Vaccination report Assam 1874-1896 - 1874-1896
Year: 1874
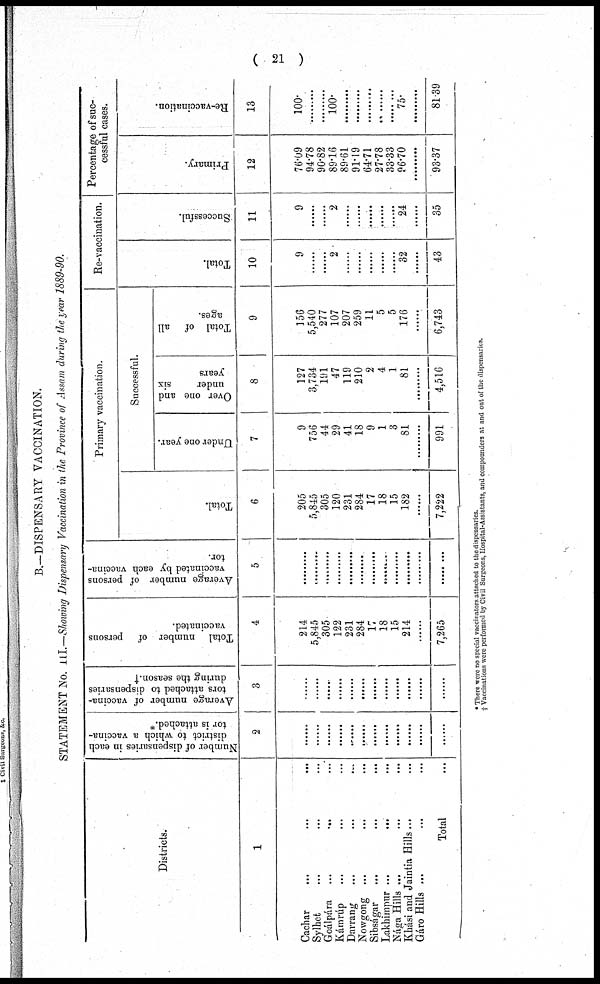
( 21 )
B.—DISPENSARY VACCINATION.
STATEMENT No. III.—Showing Dispensary Vaccination in the Province of Assam during the year 1889-90.
Districts.
1
Cachar
...
...
...
Sylhet ... ... ...
Goálpára ... ... ...
Kámrúp ... ... ...
Darrang ... ... ...
Nowgone ... ... ...
Sibságar ... ... ...
Lakhimpur ...
... ...
Nága Hills ... ... ...
Khási and Jaintia Hills... ...
Gáro Hills ... ... ...
Total ...
Number of dispensaries in each
district to which a vaccina-
tor is attached.*
2
......
......
......
......
......
......
......
......
......
......
......
......
Average number of vaccina-
tors attached to dispensaries
during the season.†
3
......
......
......
......
......
......
......
......
......
......
......
......
Total number of persons
vaccinated.
4
214
5,845
305
122
231
284
17
18
15
214
......
7,265
Average number of persons
vaccinated by each vaccina-
tor.
5
.........
.........
.........
.........
.........
.........
.........
.........
.........
.........
.........
.........
Primary vaccination.
Total.
6
205
5,845
305
120
231
284
17
18
15
182
......
7,222
Successful.
Under one year.
7
9
756
44
29
41
18
9
1
3
81
......
991
Over one and
under
six
years
8
127
3,734
191
47
119
210
2
4
1
81
.........
4,516
Total of all
ages.
9
156
5,540
277
107
207
259
11
5
5
176
......
6,743
Re-vaccination.
Total.
10
9
......
......
2
......
......
......
......
......
32
......
43
Successful.
11
9
......
......
2
......
......
......
......
......
24
......
35
Percentage of suc-
cessful cases.
Primary.
12
76.09
94.78
90.82
89.16
89.61
91.19
64.71
27.78
33.33
96.70
.........
93.37
Re-vaccination.
13
100.
.........
.........
100.
.........
.........
.........
.........
.........
75.
.........
81.39
* There were no special vaccinators attached to the dispensaries.
† Vaccinations were performed by Civil Surgeons, Hospital-Assistants, and compounders at and out of the dispensaries.